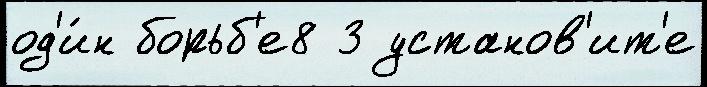
од'и́н борьб'е8 3 установ'ит'е